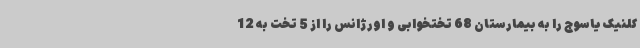
کلنیک یاسوج را به بیمارستان 68 تختخوابی و اورژانس را از 5 تخت به 12